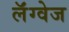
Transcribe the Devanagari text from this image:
लॅंग्वेज